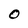
Character: O